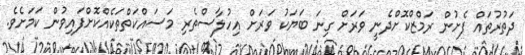
ދަތުރުތައް ފެށުން ރަމްޒްކޮށްދެނީ ވަރަށް ގިނަ ބަޔަކު ވަރަށް އިހުލާސްތެރި މަސައްކަތްތަކެއްކޮށްފައިވުން ކަމަށެވެ.